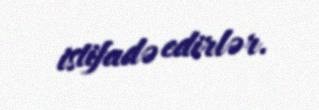
istifadə edirlər.